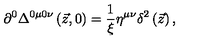
\partial ^ { 0 } \Delta ^ { 0 \mu 0 \nu } \left( \vec { z } , 0 \right) = \frac 1 \xi \eta ^ { \mu \nu } \delta ^ { 2 } \left( \vec { z } \right) ,